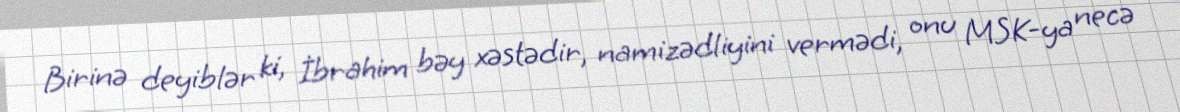
Birinə deyiblər ki, İbrahim bəy xəstədir, namizədliyini vermədi, onu MSK-ya necə